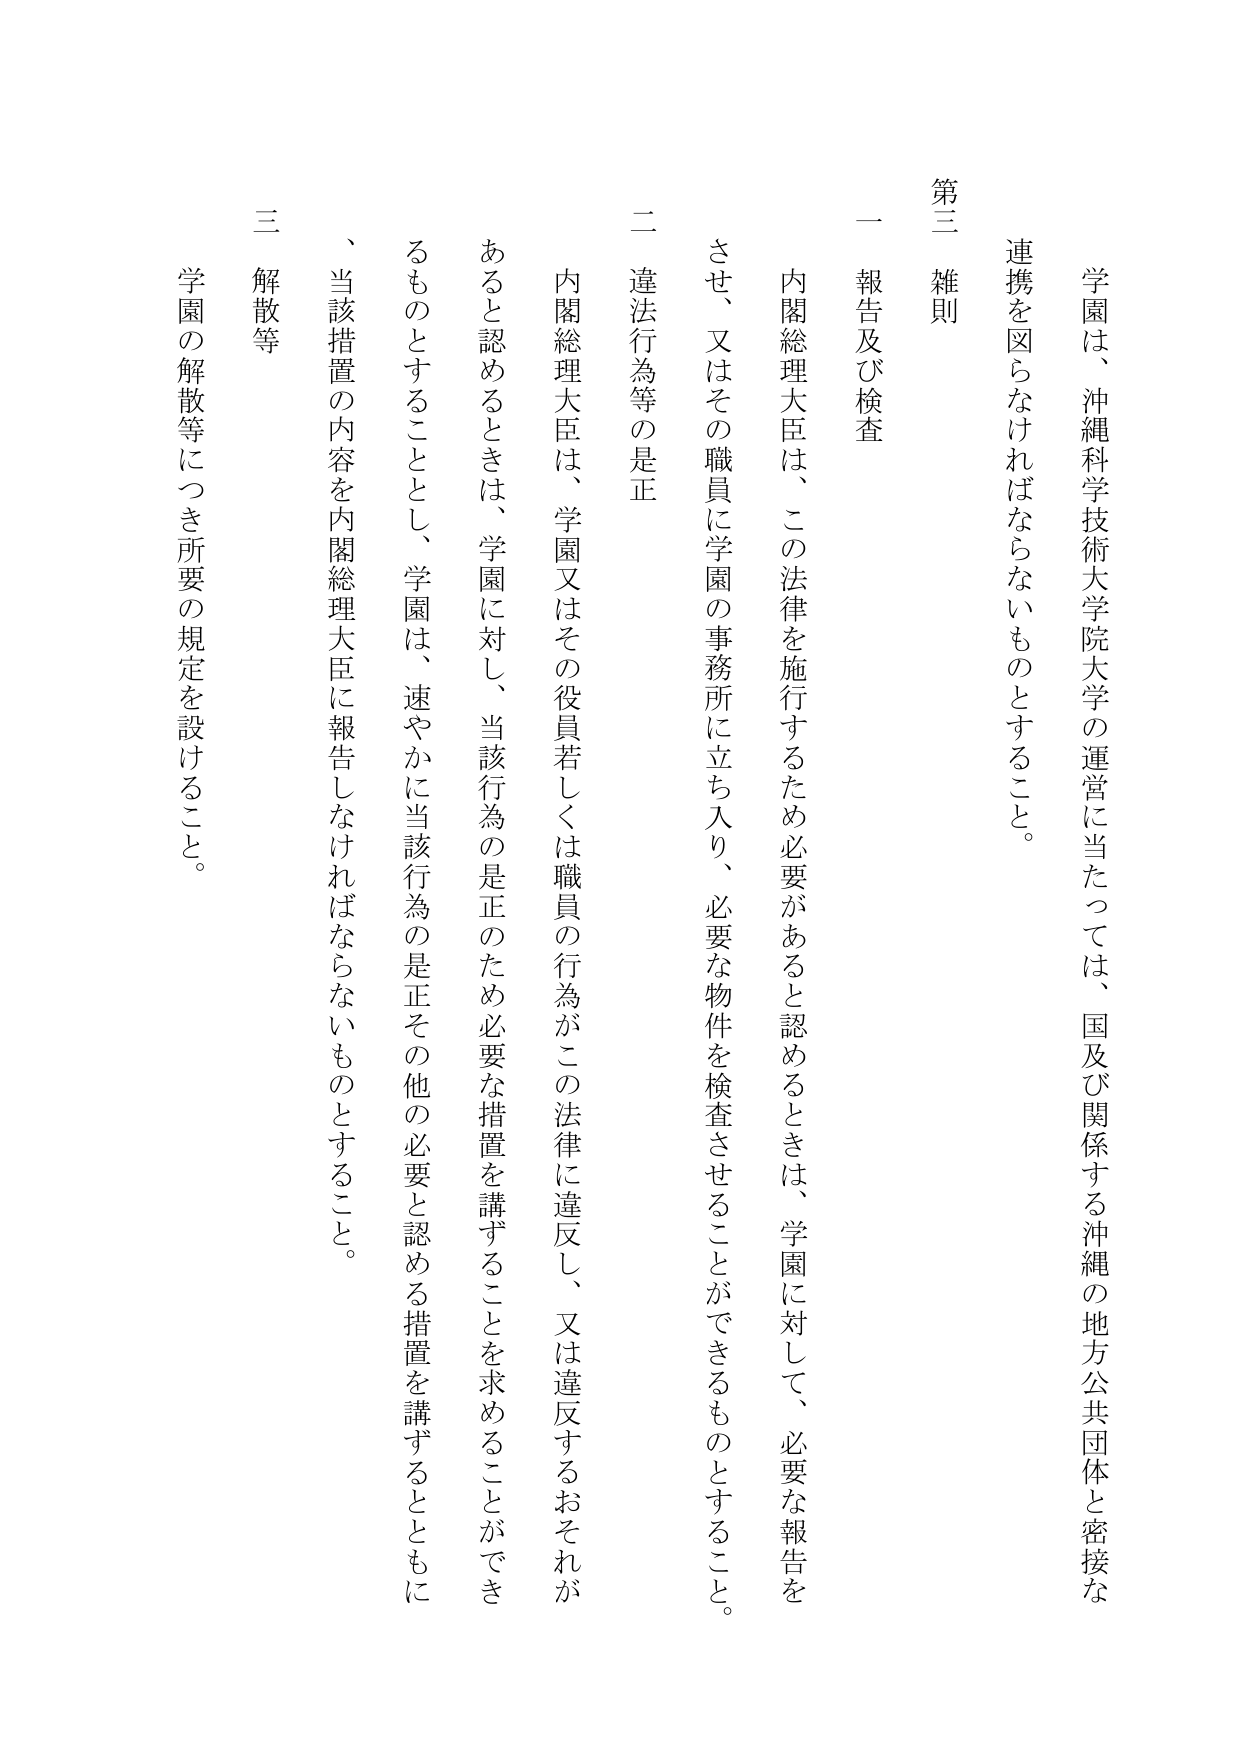
学園は、沖縄科学技術大学院大学の運営に当たっては、国及び関係する沖縄の地方公共団体と密接な連携を図らなければならないものとすること。

第三 雑則

一 報告及び検査

内閣総理大臣は、この法律を施行するため必要があると認めるときは、学園に対して、必要な報告をさせ、又はその職員に学園の事務所に立ち入り、必要な物件を検査させることができるものとすること。

二 違法行為等の是正

内閣総理大臣は、学園又はその役員若しくは職員の行為がこの法律に違反し、又は違反するおそれがあると認めるときは、学園に対し、当該行為の是正のため必要な措置を講ずることを求めることができるものとすることとし、学園は、速やかに当該行為の是正その他の必要と認める措置を講ずるとともに、当該措置の内容を内閣総理大臣に報告しなければならないものとすること。

三 解散等

学園の解散等につき所要の規定を設けること。